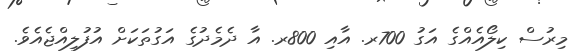
މިރުސް ކިލޯއެއްގެ އަގު 700ރ. އާއި 800ރ. އާ ދެމެދުގެ އަގުތަކަށް އުފުލިއްޖެއެވެ.